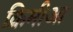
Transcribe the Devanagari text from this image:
क्रिमीआ